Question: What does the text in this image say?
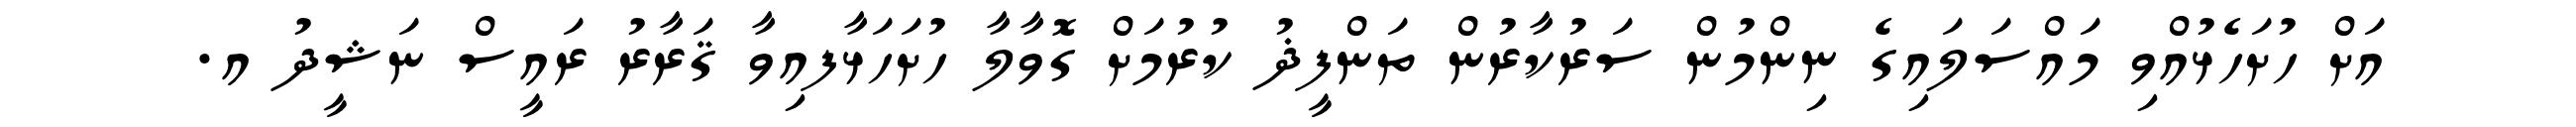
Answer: އަށް ހުށަހެޅުއްވި މައްސަލައިގެ ނިންމުން ސަރުކާރުން ތަންފީޛު ކުރުމަށް ގޮވާލާ ހުށަހަޅާފއިވާ ޤަރާރު ރައީސް ނަޝީދު އ.